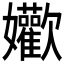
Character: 𱙴